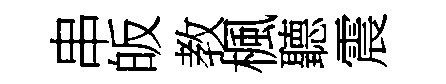
串皈教楓聽震